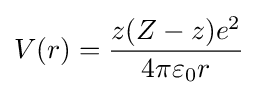
V(r)={\frac {z(Z-z)e^{2}}{4\pi \varepsilon _{0}r}}